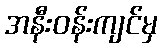
အနီးဝန်းကျင်မှ